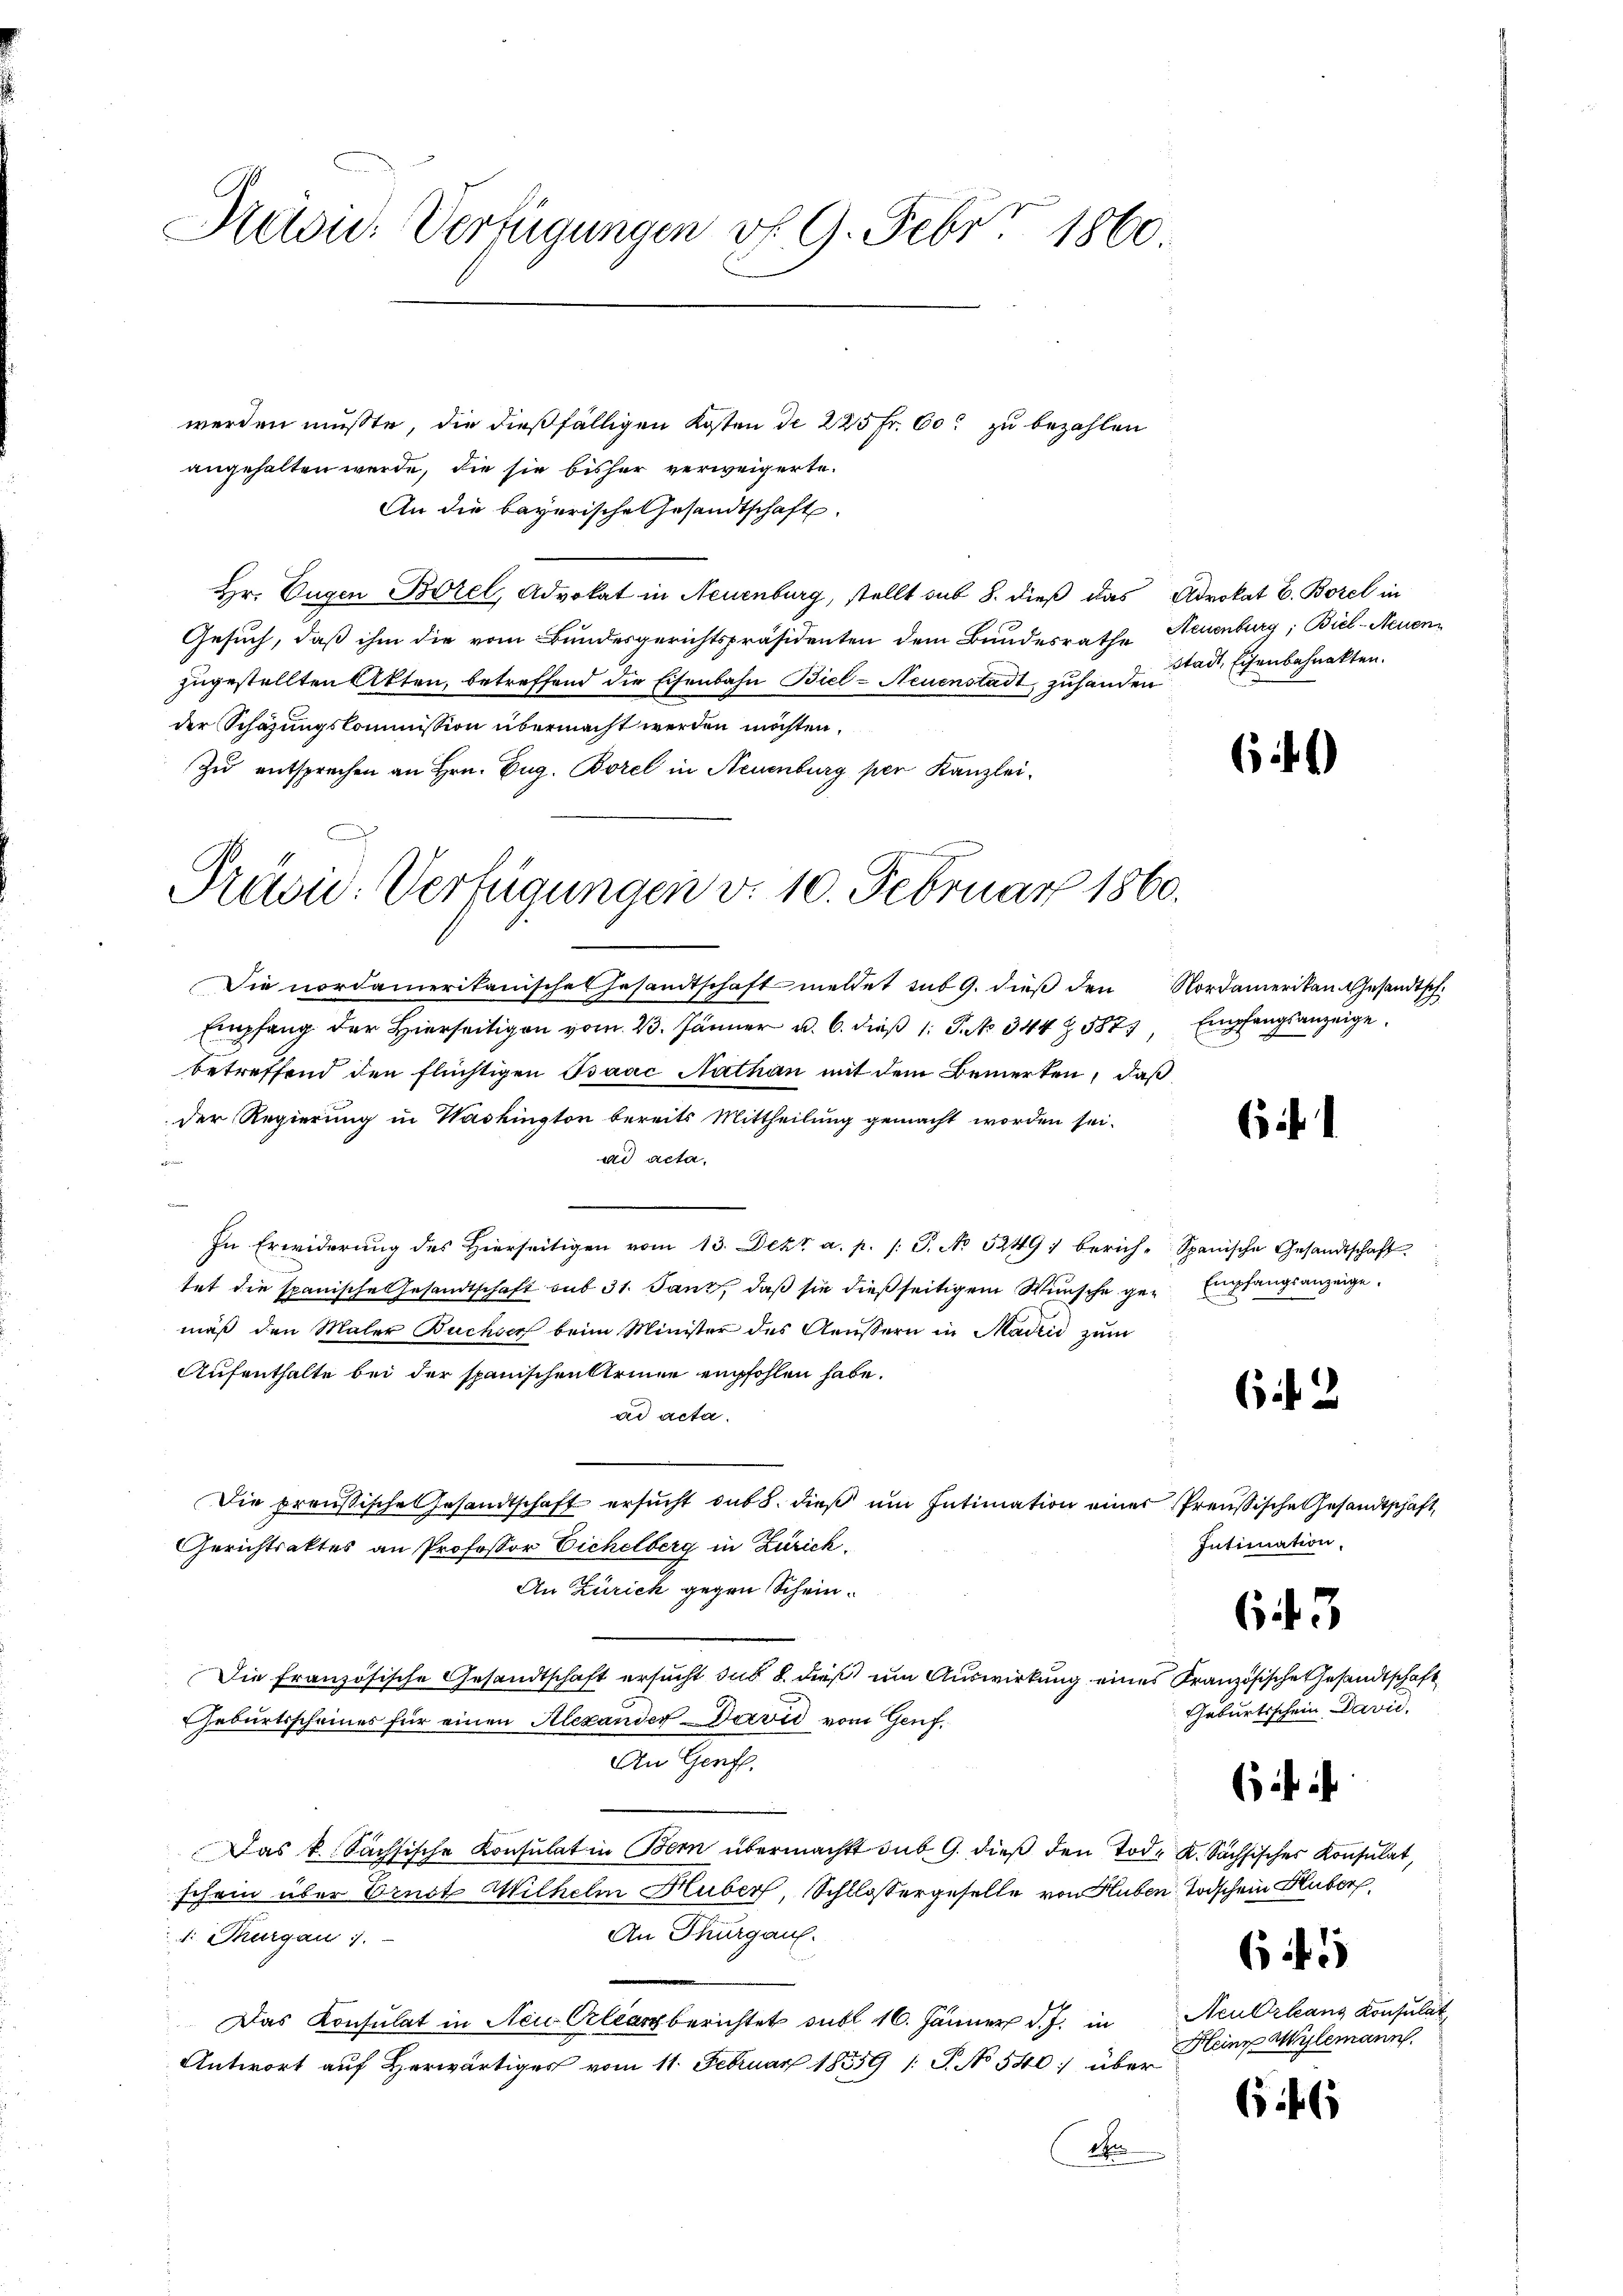
Präsid. Verfügungen vf 9. Febr 1860

werden mußte, die dießfälligen Kosten de 225 fr. 60. zu bezahlen
angehalten werde, die sie bisher verweigerte.
An die bayerische Gesandtschaft.
Hr. Eugen Borel, Advokat in Neuenburg, stellt sub 8. dieß das Advokat E. Borel in
Gesuch, daß ihm die vom Bundesgerichtspräsidenten dem Bundesrathe Neuenburg; Biel-Neuen
zugestellten Akten, betreffend die Eisenbahn Biel - Neuenstadt, zuhanden
der Schazungskommission übermacht werden möchten,
Zu entsprechen an Hrn. Zug. Borel in Neuenburg per Kanzlei¬

Präsid. Verfügungen v. 10. Februar 1860.

Die nordamerikanisches Gesandtschaft meldet sub 9. dieß den Nordamerikan Gesandtsch.
Empfang der Hierseitigen vom 23. Jänner u. 6. dieß 1 S. 344 587.
betreffend den flüchtigen Baac Nathan mit dem Bemerken, daß
der Regierung in Washington bereits Mittheilung gemacht worden sei.
ad acta.

In Erwiderung des hierseitigen vom 13. Dekt a. p. s. S. No 5249) berich-Spanische Gesandtschaft
tet die spanische Gesandtschaft sub 31. Janz, daß sie dießseitigem Wunsche gen Empfangsanzeige
mäß den Maler Buchser beim Minister des Aeussern in Madrid zum
Aufenthalte bei der spanischen Armee empfohlen habe.
ad acta.
Die preußische Gesandtschaft ersucht sub 8. dieß um Intimation einer Preußische Gesandtschaft,
Gerichtsaktes an Professor Eichelberg in Zürich.
An Zürich gegen Schein¬
Die Französische Gesandtschaft ersucht das 8. dieß um Auswirkung eines Französische Gesandtschaft
Geburtsscheines für einen Alexander David vom Genf.
An Genf.
Das k. Sächsische Konsulat in Bern übermacht sub. 9. dieß den Tod. K. Sachsisches Konsulat,
schein über Ernst Wilhelm Huber, Schlossergeselle von Huben Todschein Huber,
An Thurgauf.
1. Thurgau 1.
Das Konsulat in Neu Orleanzberichtet subl 16. Jänner d. J. in
Antwort auf Herwärtiges vom 11. Februar 1839 /: P. No 540 über
2

Stadt, Eisenbahnakten.

Empfangsanzeige.
S

6)

61

62

Intimation.

Geburtsschein Davić,

643

i

65

646

Neu Orleans Konsulat
Heine Wylemann